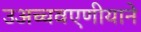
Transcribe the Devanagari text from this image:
उअच्चवएणीयाने